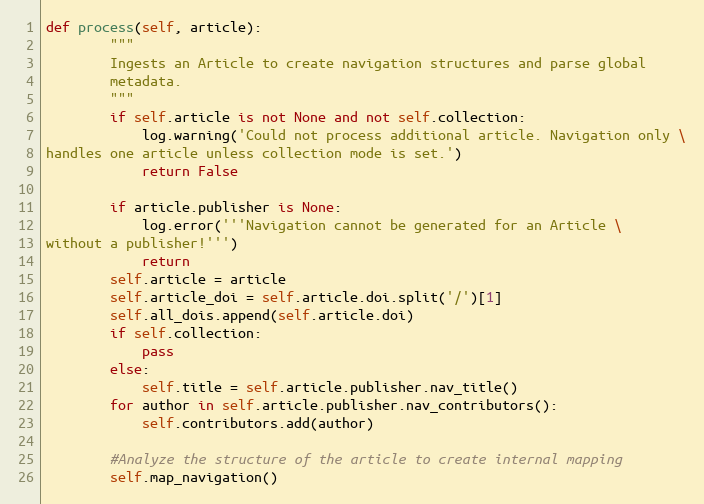
Language: Python
def process(self, article):
        """
        Ingests an Article to create navigation structures and parse global
        metadata.
        """
        if self.article is not None and not self.collection:
            log.warning('Could not process additional article. Navigation only \
handles one article unless collection mode is set.')
            return False

        if article.publisher is None:
            log.error('''Navigation cannot be generated for an Article \
without a publisher!''')
            return
        self.article = article
        self.article_doi = self.article.doi.split('/')[1]
        self.all_dois.append(self.article.doi)
        if self.collection:
            pass
        else:
            self.title = self.article.publisher.nav_title()
        for author in self.article.publisher.nav_contributors():
            self.contributors.add(author)

        #Analyze the structure of the article to create internal mapping
        self.map_navigation()